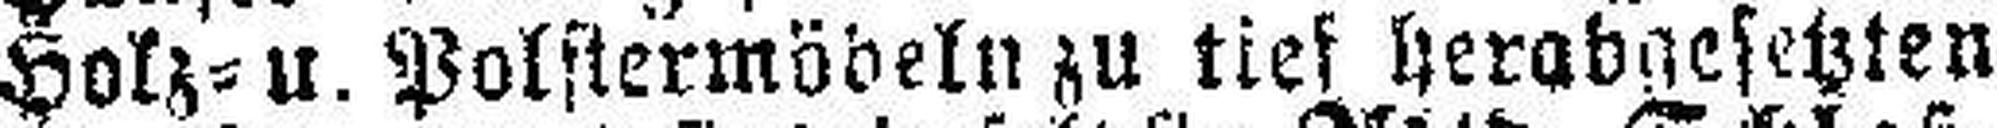
Holz= u. Polstermöbeln zu tief herabgesetzten